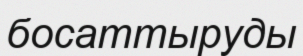
босаттыруды